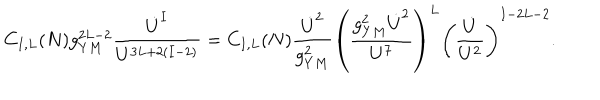
LaTeX: C _ { I , L } ( N ) g _ { Y M } ^ { 2 L - 2 } { \frac { \dot { U } ^ { I } } { U ^ { 3 L + 2 ( I - 2 ) } } } = C _ { I , L } ( N ) { \frac { \dot { U } ^ { 2 } } { g _ { Y M } ^ { 2 } } } \left( { \frac { g _ { Y M } ^ { 2 } \dot { U } ^ { 2 } } { U ^ { 7 } } } \right) ^ { L } \left( { \frac { \dot { U } } { U ^ { 2 } } } \right) ^ { I - 2 L - 2 } .